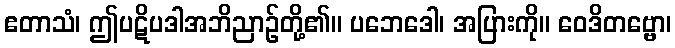
ဧတာသံ၊ ဤပဋိပဒါအဘိညာဉ်တို့၏။ ပဘေဒေါ၊ အပြားကို။ ဝေဒိတဗ္ဗော၊